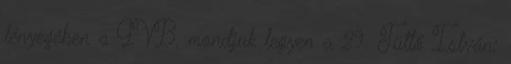
lényegében a GVB, mondjuk legyen a 29. Tüttő István: